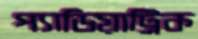
প্যাডিয়াট্রিক